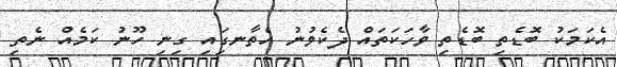
އެކަމަކު ބޮޑެތި ބޮޑެތި ވާހަކަތައް ދެކެވުނު އެތާނގަިއި ގިނި ހޫނު ކަމެއް ނެތި